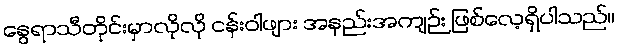
နွေရာသီတိုင်းမှာလိုလို ငန်းဝါဖျား အနည်းအကျဉ်း ဖြစ်လေ့ရှိပါသည်။